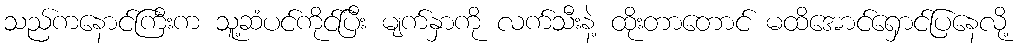
သည်ကနောင်ကြီးက သူ့ဆံပင်ကိုင်ပြီး မျက်နှာကို လက်သီးနဲ့ ထိုးတာတောင် မထိအောင်ရှောင်ပြနေလို့